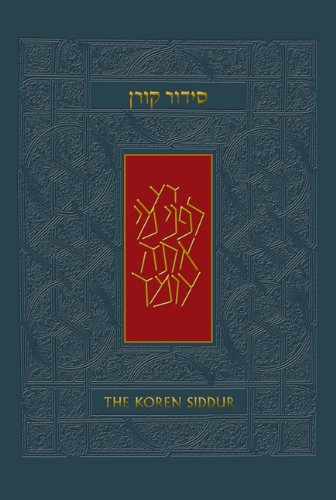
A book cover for The Koren Sacks Siddur: A Hebrew/English Prayerbook, Compact Size (Hebrew Edition); Jonathan Sacks; Religion & Spirituality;